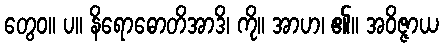
တွေဝ။ ပ။ နိရောဓောတိအာဒိ၊ ကို။ အာဟ၊ ၏။ အဝိဇ္ဇာယ